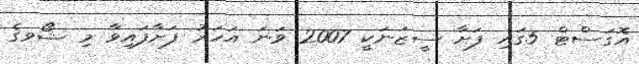
އޮގަސްޓް 5ގައި ފަށާ ސީޒަނަކީ 2007 ވަނަ އަހަރު ފަށާފައިވާ މި ޝޯވގެ